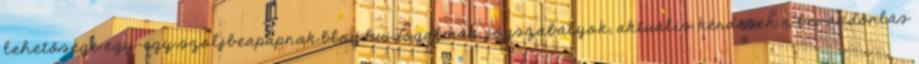
lehetősége egy-egy szoljbeapapnak.blog.hu Fogalmak, jogszabályok, aktuális kérdések a bevándorlás